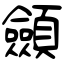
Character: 顩